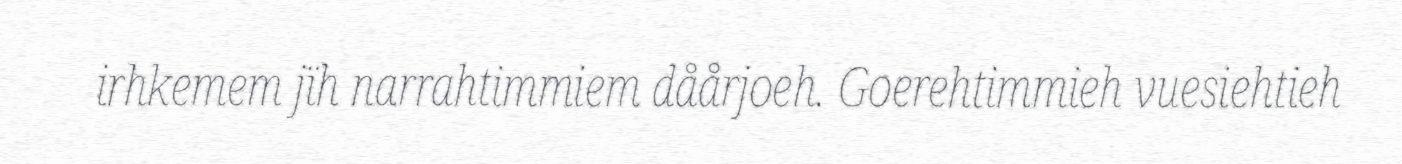
irhkemem jïh narrahtimmiem dåårjoeh. Goerehtimmieh vuesiehtieh